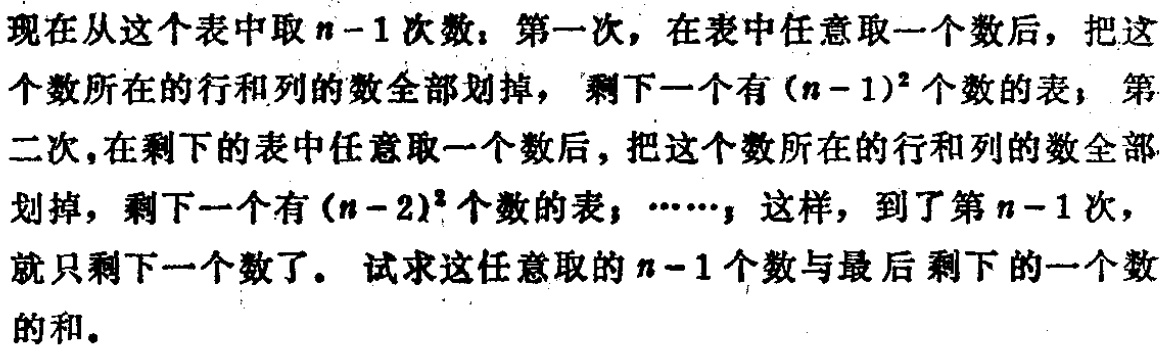
现在从这个表中取\(n - 1\)次数：第一次，在表中任意取一个数后，把这个数所在的行和列的数全部划掉，剩下一个有\((n - 1)^2\)个数的表；第二次，在剩下的表中任意取一个数后，把这个数所在的行和列的数全部划掉，剩下一个有\((n - 2)^2\)个数的表；……，这样，到了第\(n - 1\)次，就只剩下一个数了。试求这任意取的\(n - 1\)个数与最后剩下的一个数的和。